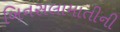
બિનસલામાતીની